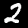
Label: 2